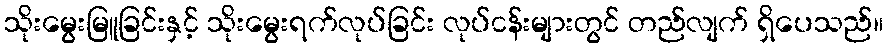
သိုးမွေးမြူခြင်းနှင့် သိုးမွေးရက်လုပ်ခြင်း လုပ်ငန်းများတွင် တည်လျက် ရှိပေသည်။